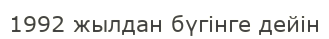
1992 жылдан бүгінге дейін